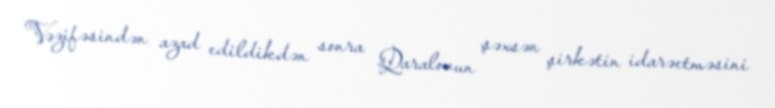
Vəzifəsindən azad edildikdən sonra Qaralovun şəxsən şirkətin idarəetməsini